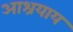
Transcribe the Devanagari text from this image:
आश्रयाय